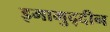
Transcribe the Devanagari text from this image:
इमामुद्दीन